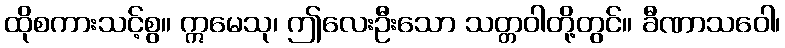
ထိုစကားသင့်စွ။ ဣမေသု၊ ဤလေးဦးသော သတ္တဝါတို့တွင်။ ခီဏာသဝေါ၊